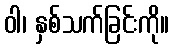
ဝါ၊ နှစ်သက်ခြင်းကို။